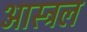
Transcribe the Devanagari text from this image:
आस्ट्रल